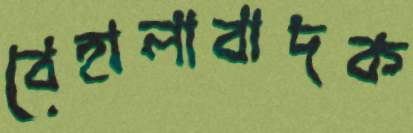
বেহালাবাদক